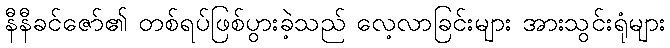
နီနီခင်ဇော်၏ တစ်ရပ်ဖြစ်ပွားခဲ့သည် လေ့လာခြင်းများ အားသွင်းရုံများ